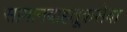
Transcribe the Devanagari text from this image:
सामानवाहतूकसेवा